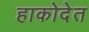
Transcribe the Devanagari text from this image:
हाकोदेत